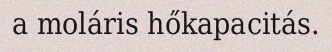
a moláris hőkapacitás.